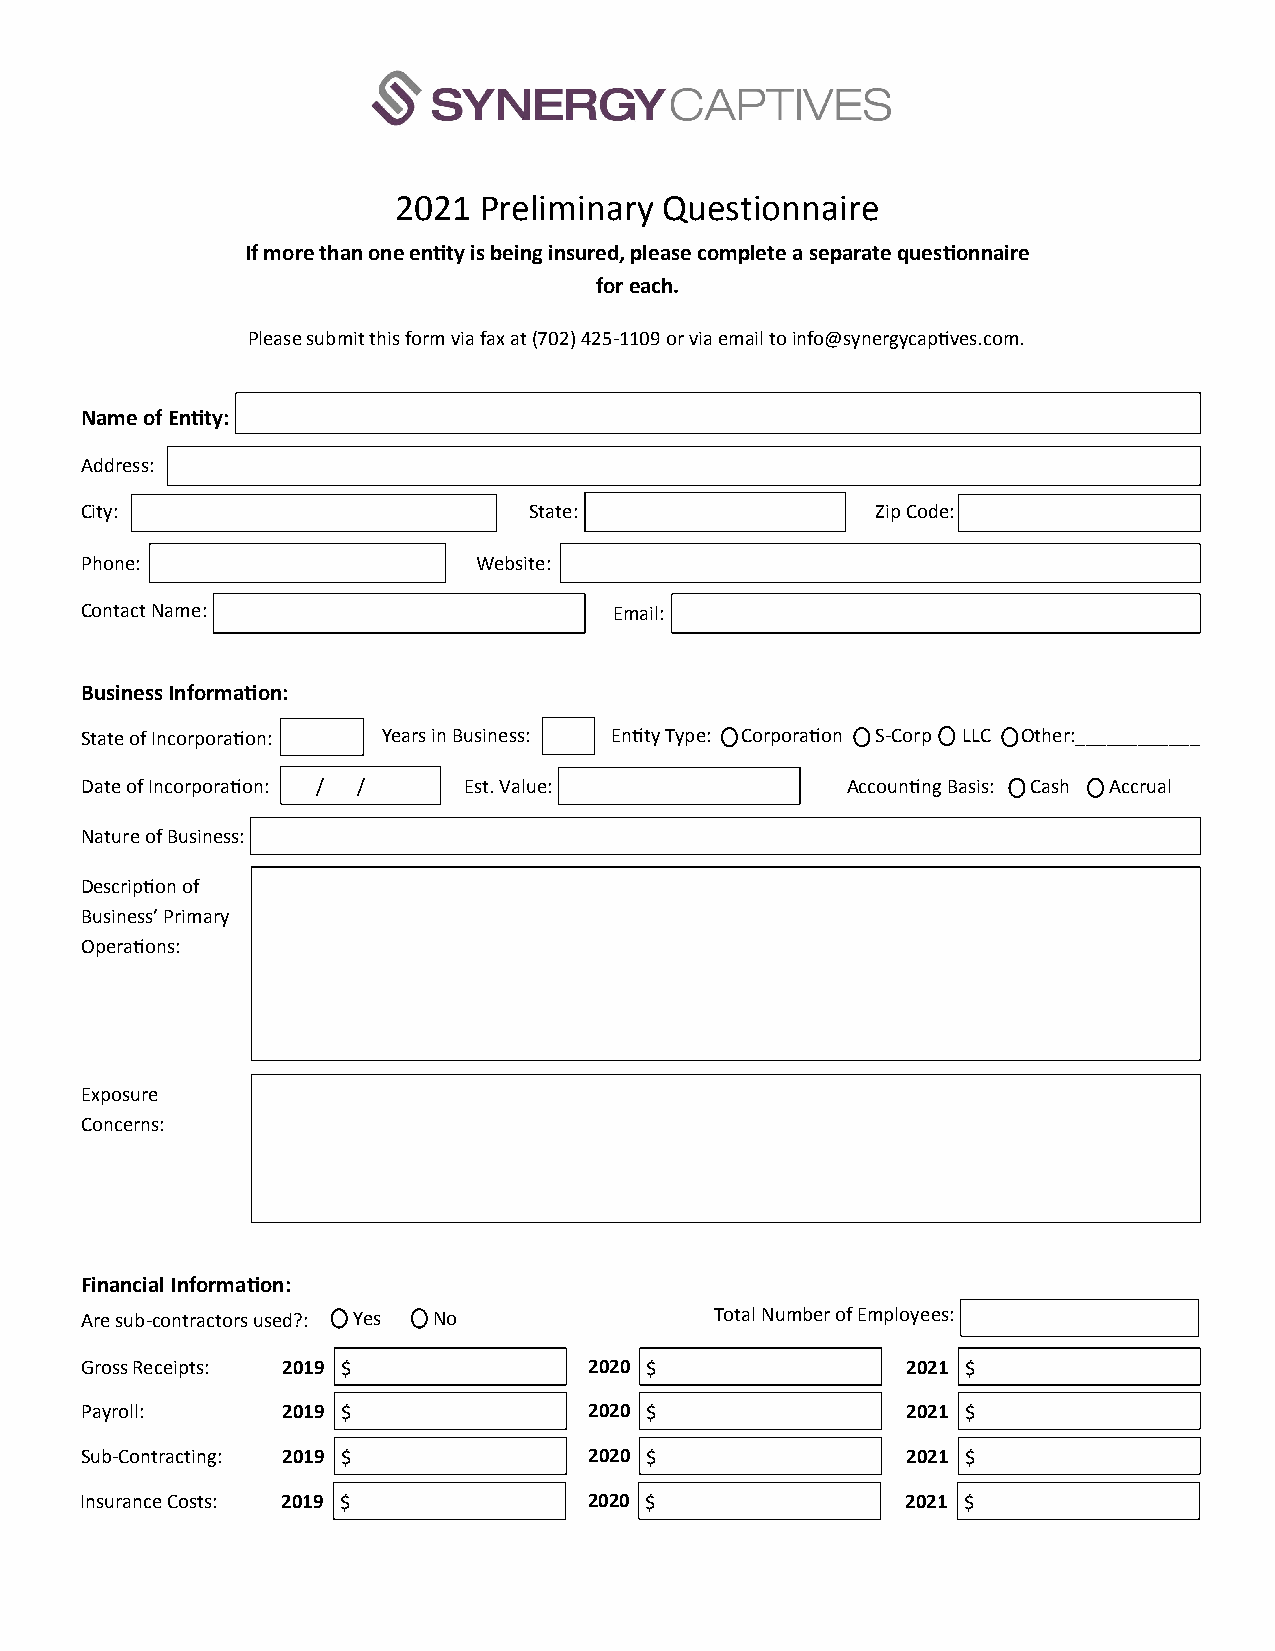
2021  Preliminary Questionnaire
 If more than one entity is being insured, please complete a separate questionnaire
 for each.
 Please submit this form via fax at (702) 425-1109 or via email to info@synergycaptives.com.
 Name of Entity:
 Address:
 City:                         State:                 Zip Code:
 Phone:                     Website:
 Contact Name:                       Email:
 Business Information:
 State of Incorporation: Years in Business: Entity Type: Corporation S-Corp LLC Other:____________
 Date of Incorporation: / / Est. Value:             Accounting Basis: Cash Accrual
 Nature of Business:
 Description of
 Business’ Primary
 Operations:
 Exposure
 Concerns:
 Financial Information:
 Are sub-contractors used?: Yes No         Total Number of Employees:
 Gross Receipts: 2019 $            2020 $               2021 $
 Payroll:      2019 $              2020 $               2021 $
 Sub-Contracting: 2019 $           2020 $               2021 $
 Insurance Costs: 2019 $           2020 $               2021 $